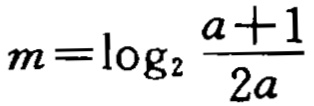
\(m = \log_{2}\frac{a + 1}{2a}\)